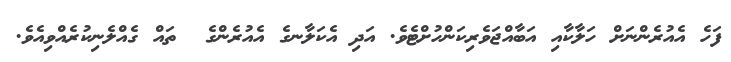
ފަހެ އެއުރެންނަށް ހަލާކާއި އަބާއްޖަވެރިކަންހުށްޓެވެ. އަދި އެކަލާނގެ އެއުރެންގެ  ތައް ގެއްލެނިކުރެއްވިއެވެ.